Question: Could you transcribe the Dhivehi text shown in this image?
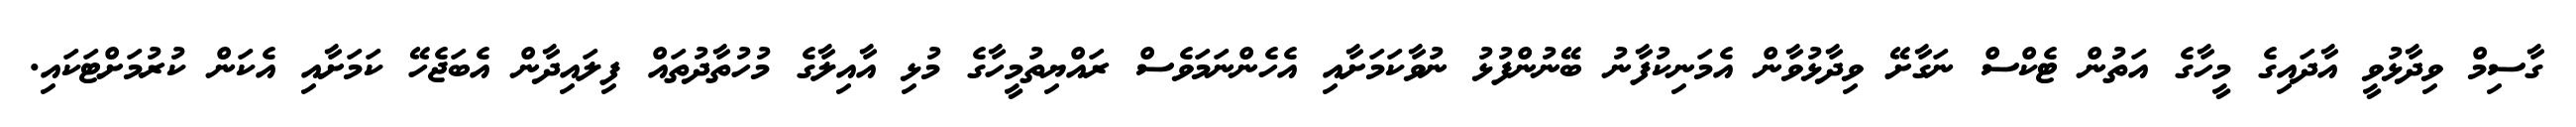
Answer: ގާސިމް ވިދާޅުވީ އާދައިގެ މީހާގެ އަތުން ޓެކްސް ނަގާށޭ ވިދާޅުވާން އެމަނިކުފާނު ބޭނުންފުޅު ނުވާކަމަށާއި އެހެންނަމަވެސް ރައްޔިތުމީހާގެ މުޅި އާއިލާގެ މުހުތާދުތައް ފިލައިދާން އެބަޖެހޭ ކަމަށާއި އެކަން ކުރުމަށްޓަކައި.